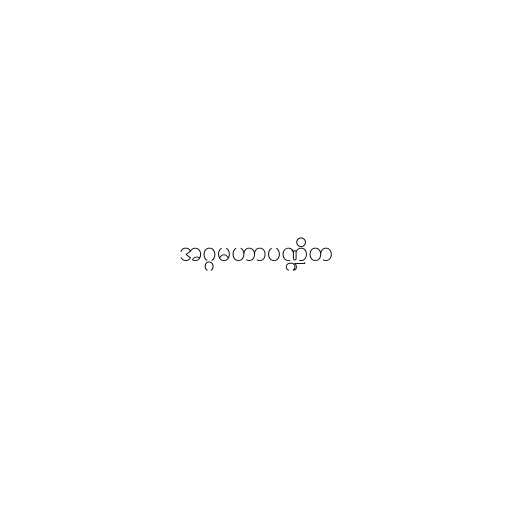
အဂ္ဂမဟာပဏ္ဍိတ